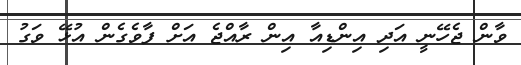
ވާން ޖެހޭނީ އަދި އިންޑިއާ އިން ރާއްޖެ އަށް ފާވެގެން އުޅޭ ވަގު